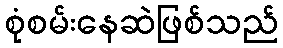
စုံစမ်းနေဆဲဖြစ်သည်